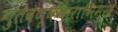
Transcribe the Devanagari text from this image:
गुंतवणूकदाराभिमुख